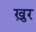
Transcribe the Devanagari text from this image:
ख़ुर